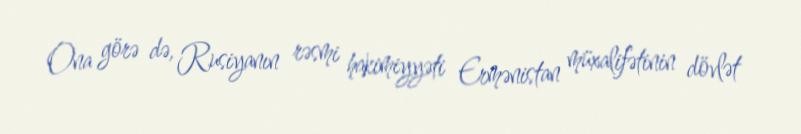
Ona görə də, Rusiyanın rəsmi hakimiyyəti Ermənistan müxalifətinin dövlət